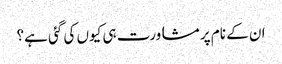
ان کے نام پر مشاورت ہی کیوں کی گئی ہے؟